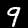
Label: 9